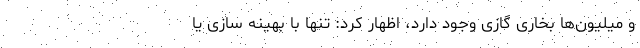
و میلیون‌ها بخاری گازی وجود دارد، اظهار کرد: تنها با بهینه سازی یا